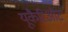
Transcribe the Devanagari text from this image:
यूकैरिओट